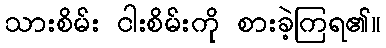
သားစိမ်း ငါးစိမ်းကို စားခဲ့ကြရ၏။